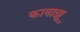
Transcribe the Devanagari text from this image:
कावाझू